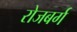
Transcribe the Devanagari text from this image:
रोजबर्ग